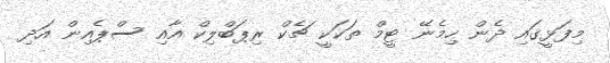
މިފަޅީގައި ދެން ހިމެނޭ ޓީމް ތަކަކީ ޗެކް ރިޕަބްލިކް އާއި ސްޕެއިން އަދި